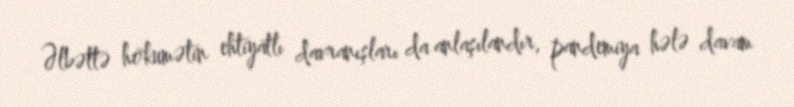
Əlbəttə hökumətin ehtiyatlı davranışları da anlaşılandır, pandemiya hələ davam